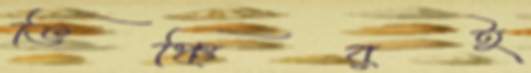
ভিঞ্চিরই